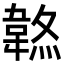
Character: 𩎷